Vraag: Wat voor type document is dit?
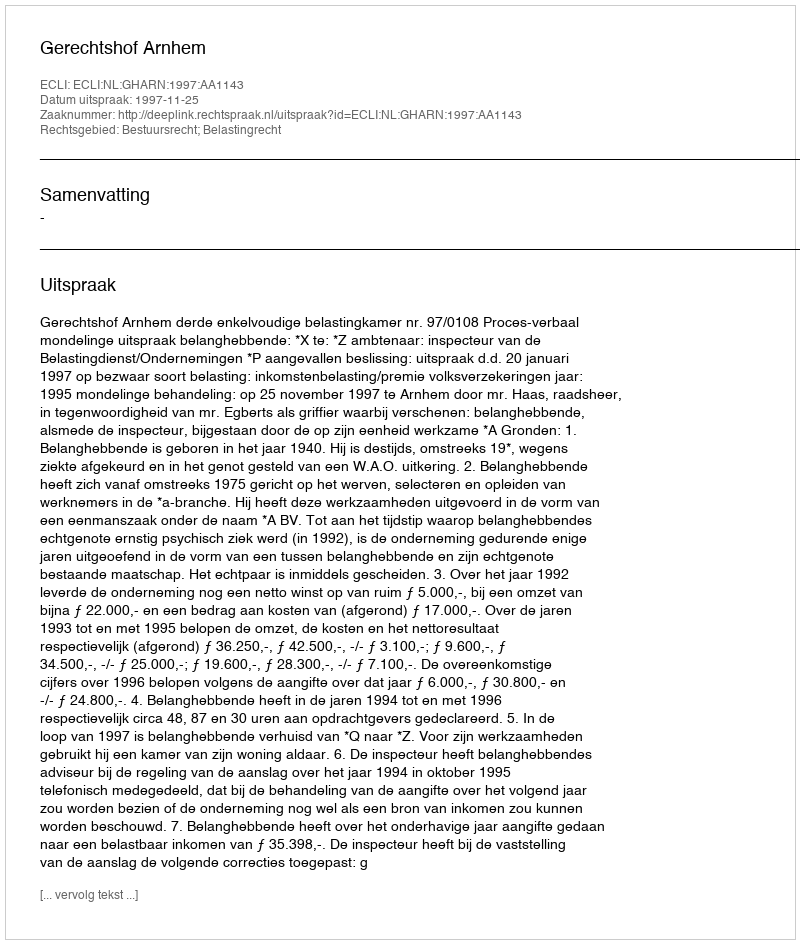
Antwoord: Uitspraak